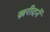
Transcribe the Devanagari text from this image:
ख्ररीदनें